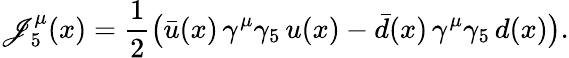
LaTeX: \mathscr{J}_{5}^{\mu}(x)=\frac{1}{2}\bigl(\bar{{u}}(x)\, \gamma^{\mu}\gamma_{5}\, u(x)-\bar{{d}}(x)\, \gamma^{\mu}\gamma_{5}\, d(x)\bigr).